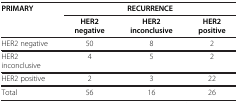
<table><thead><tr><td><b>PRIMARY</b></td><td colspan="3"><b>RECURRENCE</b></td></tr><tr><td><b> </b></td><td><b>HER2 negative</b></td><td><b>HER2 inconclusive</b></td><td><b>HER2 positive</b></td></tr></thead><tbody><tr><td>HER2 negative</td><td>50</td><td>8</td><td>2</td></tr><tr><td>HER2 inconclusive</td><td>4</td><td>5</td><td>2</td></tr><tr><td>HER2 positive</td><td>2</td><td>3</td><td>22</td></tr><tr><td>Total</td><td>56</td><td>16</td><td>26</td></tr></tbody></table>